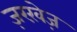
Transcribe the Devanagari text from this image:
ज़रख़ेज़